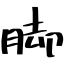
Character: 脚